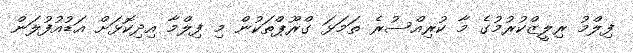
ފިލްމު ރިލީޒްކުރުމުގެ މާ ކުރިއްސުރެ ތަމަޅަ ގްރޫޕްތަކުން މި ފިލްމާ އިދިކޮޅަށް އަޑުއުފުލަން